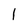
Character: l